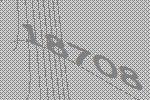
18708